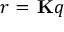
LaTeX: r = \, \mathbf { K } q